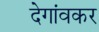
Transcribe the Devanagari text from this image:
देगांवकर